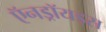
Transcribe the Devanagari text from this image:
ऍनड्रॉयड्स